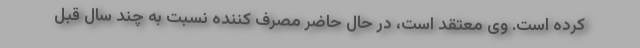
کرده است. وی معتقد است، در حال حاضر مصرف کننده نسبت به چند سال قبل